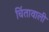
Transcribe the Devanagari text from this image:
चिंतावाली